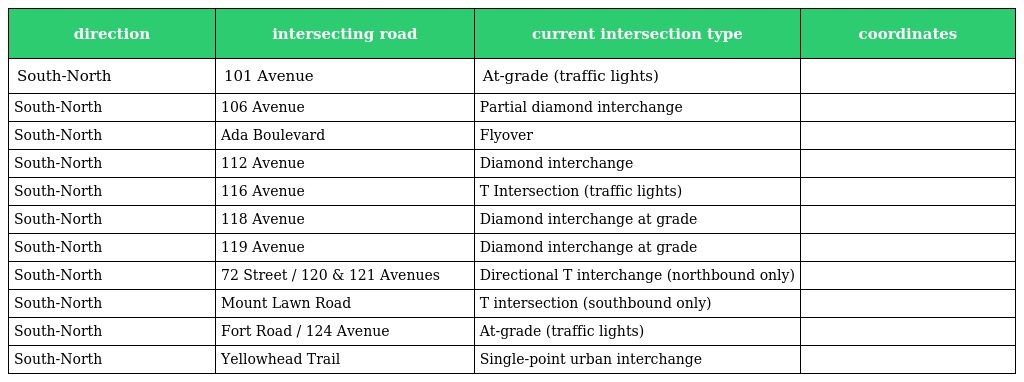
| direction | intersecting road | current intersection type | coordinates |
 | --- | --- | --- | --- |
 | South-North | 101 Avenue | At-grade (traffic lights) |  |
 | South-North | 106 Avenue | Partial diamond interchange |  |
 | South-North | Ada Boulevard | Flyover |  |
 | South-North | 112 Avenue | Diamond interchange |  |
 | South-North | 116 Avenue | T Intersection (traffic lights) |  |
 | South-North | 118 Avenue | Diamond interchange at grade |  |
 | South-North | 119 Avenue | Diamond interchange at grade |  |
 | South-North | 72 Street / 120 & 121 Avenues | Directional T interchange (northbound only) |  |
 | South-North | Mount Lawn Road | T intersection (southbound only) |  |
 | South-North | Fort Road / 124 Avenue | At-grade (traffic lights) |  |
 | South-North | Yellowhead Trail | Single-point urban interchange |  |